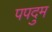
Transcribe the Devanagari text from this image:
पपदुम